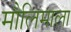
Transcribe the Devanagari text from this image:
मौलिमाला